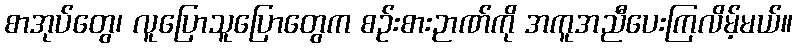
စာအုပ်တွေ၊ လူပြောသူပြောတွေက စဉ်းစားဉာဏ်ကို အကူအညီပေးကြလိမ့်မယ်။